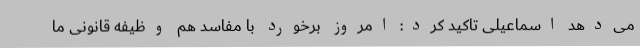
می‌دهد اسماعیلی تاکید کرد: امروز برخورد با مفاسد هم وظیفه قانونی ما